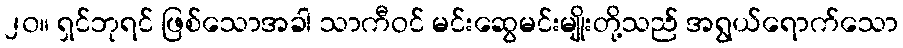
၂၀။ ရှင်ဘုရင် ဖြစ်သောအခါ သာကီဝင် မင်းဆွေမင်းမျိုးတို့သည် အရွယ်ရောက်သော